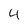
Character: 4